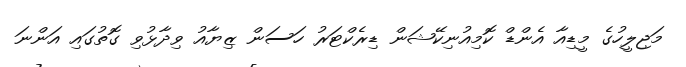
މަޖިލީހުގެ މީޑިއާ އެންޑް ކޮމިއުނިކޭޝަން ޑިރެކްޓަރު ހަސަން ޒިޔާއު ވިދާޅުވި ގޮތުގައި އަންނަ